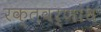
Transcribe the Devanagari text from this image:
रक्तवर्णांध